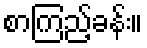
စာကြည့်ခန်း။